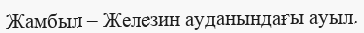
Жамбыл – Железин ауданындағы ауыл.